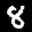
Label: 8